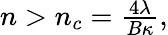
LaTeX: \begin{array}{r}{n>n_{c}=\frac{4\lambda}{B\kappa},}\end{array}